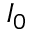
I _ { 0 }